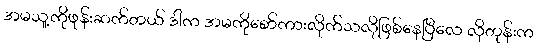
အမသူ့ကိုဖုန်းဆက်တယ် ဒါက အမကိုစော်ကားလိုက်သလိုဖြစ်နေပြီလေ လိုတုန်းက